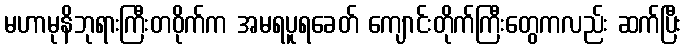
မဟာမုနိဘုရားကြီးတဝိုက်က အမရပူရခေတ် ကျောင်းတိုက်ကြီးတွေကလည်း ဆက်ပြီး